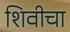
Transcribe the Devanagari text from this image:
शिवीचा